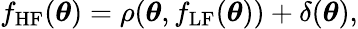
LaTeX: f_{\mathrm{HF}}(\boldsymbol{\theta})=\rho(\boldsymbol{\theta},f_{\mathrm{LF}}(\boldsymbol{\theta}))+\delta(\boldsymbol{\theta}),